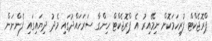
ޕްރޮޖެކްޓް ފުރިހަމަކޮށް ނިމޭއިރު އެ ޕްރޮޖެކްޓް ހިންގާ ސަރަހައްދުގައި މެދު ދިޔައިގައި ފެންނަން